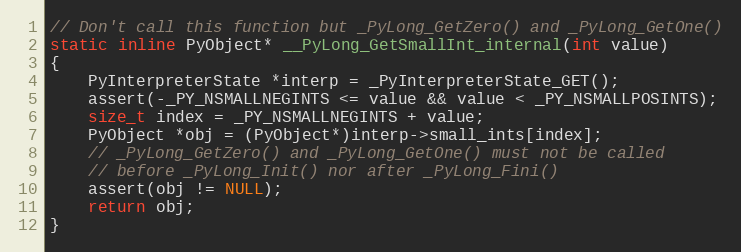
Language: C
// Don't call this function but _PyLong_GetZero() and _PyLong_GetOne()
static inline PyObject* __PyLong_GetSmallInt_internal(int value)
{
    PyInterpreterState *interp = _PyInterpreterState_GET();
    assert(-_PY_NSMALLNEGINTS <= value && value < _PY_NSMALLPOSINTS);
    size_t index = _PY_NSMALLNEGINTS + value;
    PyObject *obj = (PyObject*)interp->small_ints[index];
    // _PyLong_GetZero() and _PyLong_GetOne() must not be called
    // before _PyLong_Init() nor after _PyLong_Fini()
    assert(obj != NULL);
    return obj;
}